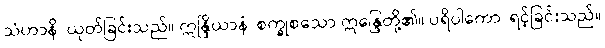
သံဟာနိ၊ ယုတ်ခြင်းသည်။ ဣန္ဒြိယာနံ၊ စက္ခုစသော ဣန္ဒြေတို့၏။ ပရိပါကော၊ ရင့်ခြင်းသည်။